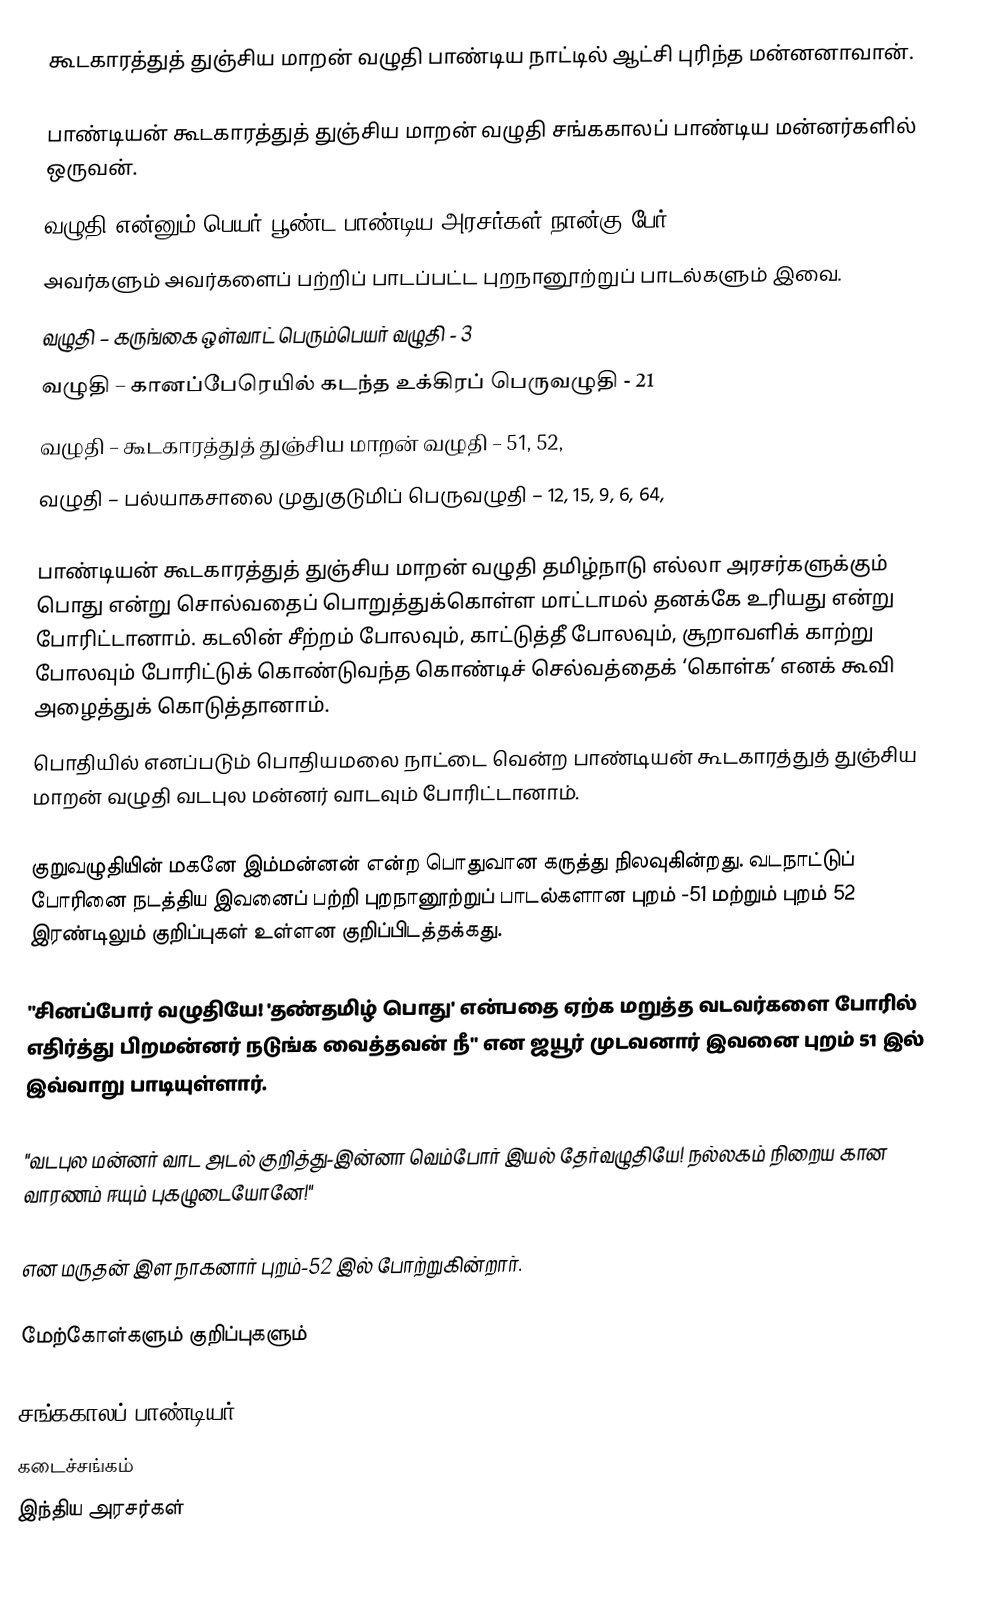
கூடகாரத்துத் துஞ்சிய மாறன் வழுதி பாண்டிய நாட்டில் ஆட்சி புரிந்த மன்னனாவான்.

பாண்டியன் கூடகாரத்துத் துஞ்சிய மாறன் வழுதி சங்ககாலப் பாண்டிய மன்னர்களில் ஒருவன்.
வழுதி என்னும் பெயர் பூண்ட பாண்டிய அரசர்கள் நான்கு பேர்.
அவர்களும் அவர்களைப் பற்றிப் பாடப்பட்ட புறநானூற்றுப் பாடல்களும் இவை.
 வழுதி – கருங்கை ஒள்வாட் பெரும்பெயர் வழுதி - 3
 வழுதி – கானப்பேரெயில் கடந்த உக்கிரப் பெருவழுதி - 21
 வழுதி – கூடகாரத்துத் துஞ்சிய மாறன் வழுதி – 51, 52,
 வழுதி – பல்யாகசாலை முதுகுடுமிப் பெருவழுதி – 12, 15, 9, 6, 64,

பாண்டியன் கூடகாரத்துத் துஞ்சிய மாறன் வழுதி தமிழ்நாடு எல்லா அரசர்களுக்கும் பொது என்று சொல்வதைப் பொறுத்துக்கொள்ள மாட்டாமல் தனக்கே உரியது என்று போரிட்டானாம். கடலின் சீற்றம் போலவும், காட்டுத்தீ போலவும், சூறாவளிக் காற்று போலவும் போரிட்டுக் கொண்டுவந்த கொண்டிச் செல்வத்தைக் ‘கொள்க’ எனக் கூவி அழைத்துக் கொடுத்தானாம்.
பொதியில் எனப்படும் பொதியமலை நாட்டை வென்ற பாண்டியன் கூடகாரத்துத் துஞ்சிய மாறன் வழுதி வடபுல மன்னர் வாடவும் போரிட்டானாம்.

குறுவழுதியின் மகனே இம்மன்னன் என்ற பொதுவான கருத்து நிலவுகின்றது. வடநாட்டுப் போரினை நடத்திய இவனைப் பற்றி புறநானூற்றுப் பாடல்களான புறம் -51 மற்றும் புறம் 52 இரண்டிலும் குறிப்புகள் உள்ளன குறிப்பிடத்தக்கது.

"சினப்போர் வழுதியே! 'தண்தமிழ் பொது' என்பதை ஏற்க மறுத்த வடவர்களை போரில் எதிர்த்து பிறமன்னர் நடுங்க வைத்தவன் நீ" என ஜயூர் முடவனார் இவனை புறம் 51 இல் இவ்வாறு பாடியுள்ளார்.

"வடபுல மன்னர் வாட அடல் குறித்து-இன்னா வெம்போர் இயல் தேர்வழுதியே! நல்லகம் நிறைய கான வாரணம் ஈயும் புகழுடையோனே!"

என மருதன் இள நாகனார் புறம்-52 இல் போற்றுகின்றார்.

மேற்கோள்களும் குறிப்புகளும்

சங்ககாலப் பாண்டியர்
கடைச்சங்கம்
இந்திய அரசர்கள்